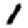
Digit: 1